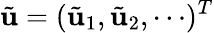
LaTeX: {\tilde{\mathbf u}}=({\tilde{\mathbf u}_{1}},{\tilde{\mathbf u}_{2}},\cdots)^{T}